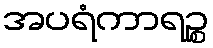
အပရံကာရဉ္စ